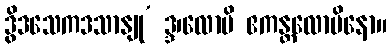
ဒွိဒသေကဒသာနျု’ ဒ္ဒ၊လောမိ ဧကန္တလောမိနော။